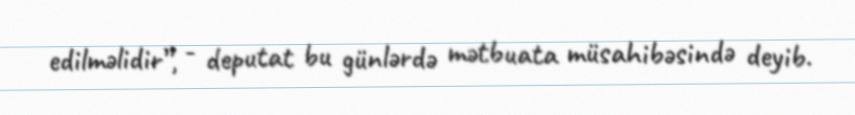
edilməlidir”, - deputat bu günlərdə mətbuata müsahibəsində deyib.